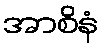
အာစိနံ